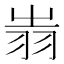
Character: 𦐉